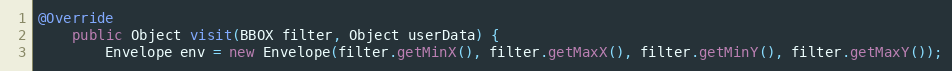
Language: Java
@Override
	public Object visit(BBOX filter, Object userData) {
		Envelope env = new Envelope(filter.getMinX(), filter.getMaxX(), filter.getMinY(), filter.getMaxY());